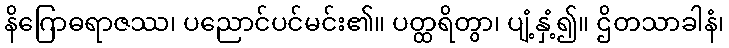
နိဂြောဓရာဇဿ၊ ပညောင်ပင်မင်း၏။ ပတ္ထရိတွာ၊ ပျံ့နှံ့၍။ ဌိတသာခါနံ၊